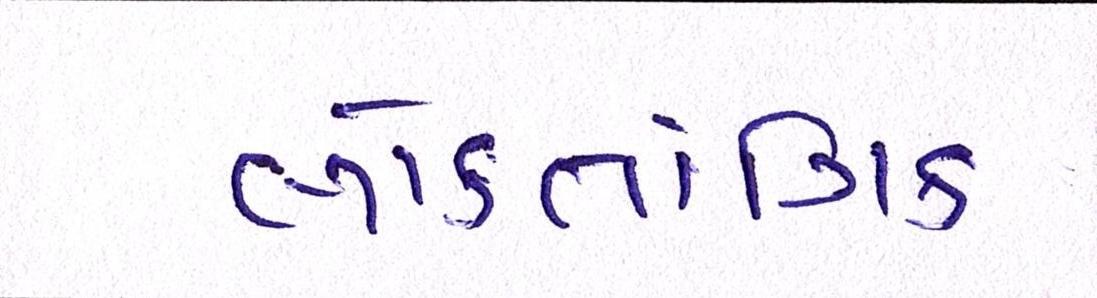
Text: લોકતાંત્રિક